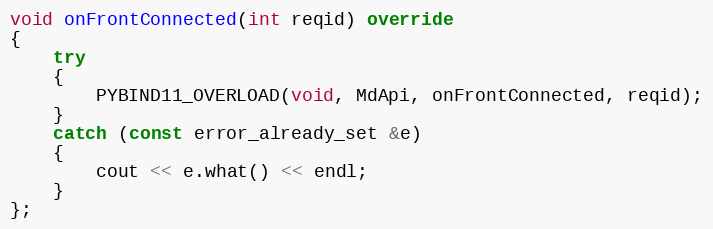
Language: C++
void onFrontConnected(int reqid) override
{
	try
	{
		PYBIND11_OVERLOAD(void, MdApi, onFrontConnected, reqid);
	}
	catch (const error_already_set &e)
	{
		cout << e.what() << endl;
	}
};